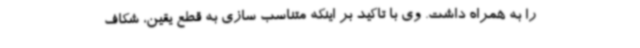
را به همراه داشت. وی با تاکید بر اینکه متناسب سازی به قطع یقین، شکاف